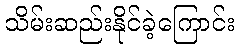
သိမ်းဆည်းနိုင်ခဲ့ကြောင်း